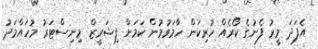
އެފަދަ މީރު ފެނުގެ ކޯރެއް ހުރިކަން ހާމަވުމުން ކަމަަށް ފިޝަރީޒް މިނިސްޓަރު މުހައްމަދު